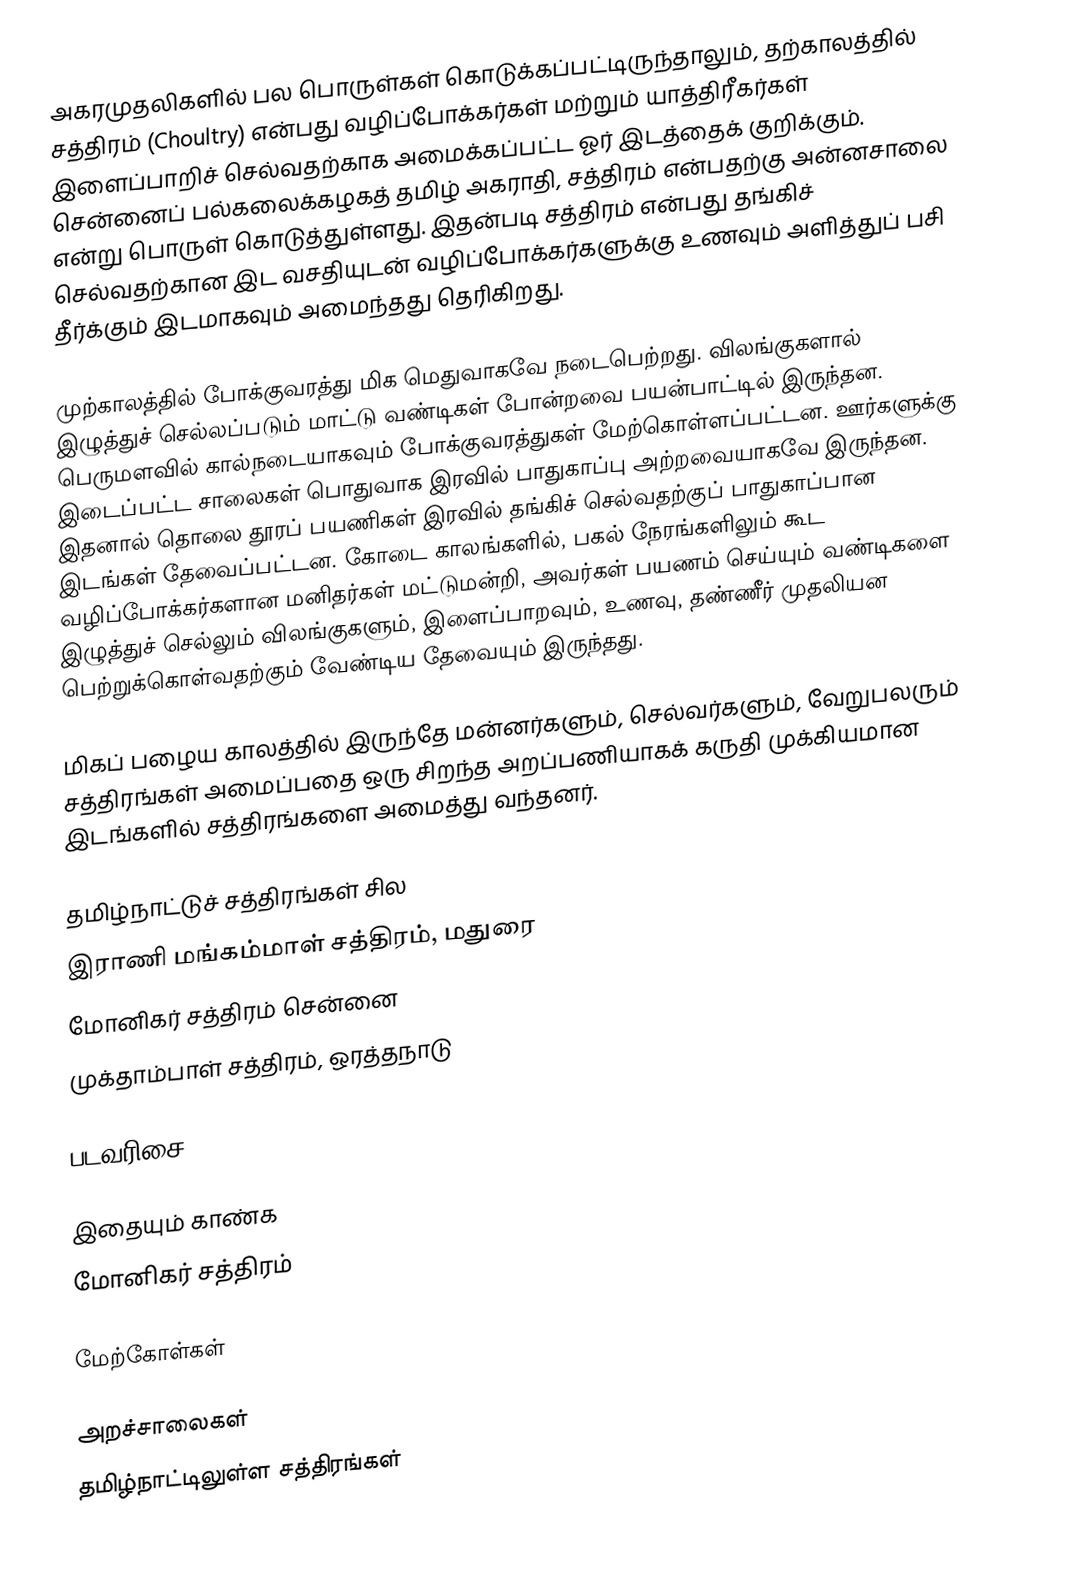
அகரமுதலிகளில் பல பொருள்கள் கொடுக்கப்பட்டிருந்தாலும், தற்காலத்தில் சத்திரம் (Choultry) என்பது வழிப்போக்கர்கள் மற்றும் யாத்திரீகர்கள் இளைப்பாறிச் செல்வதற்காக அமைக்கப்பட்ட ஓர் இடத்தைக் குறிக்கும். சென்னைப் பல்கலைக்கழகத் தமிழ் அகராதி, சத்திரம் என்பதற்கு அன்னசாலை என்று பொருள் கொடுத்துள்ளது. இதன்படி சத்திரம் என்பது தங்கிச் செல்வதற்கான இட வசதியுடன் வழிப்போக்கர்களுக்கு உணவும் அளித்துப் பசி தீர்க்கும் இடமாகவும் அமைந்தது தெரிகிறது.

முற்காலத்தில் போக்குவரத்து மிக மெதுவாகவே நடைபெற்றது. விலங்குகளால் இழுத்துச் செல்லப்படும் மாட்டு வண்டிகள் போன்றவை பயன்பாட்டில் இருந்தன. பெருமளவில் கால்நடையாகவும் போக்குவரத்துகள் மேற்கொள்ளப்பட்டன. ஊர்களுக்கு இடைப்பட்ட சாலைகள் பொதுவாக இரவில் பாதுகாப்பு அற்றவையாகவே இருந்தன. இதனால் தொலை தூரப் பயணிகள் இரவில் தங்கிச் செல்வதற்குப் பாதுகாப்பான இடங்கள் தேவைப்பட்டன. கோடை காலங்களில், பகல் நேரங்களிலும் கூட வழிப்போக்கர்களான மனிதர்கள் மட்டுமன்றி, அவர்கள் பயணம் செய்யும் வண்டிகளை இழுத்துச் செல்லும் விலங்குகளும், இளைப்பாறவும், உணவு, தண்ணீர் முதலியன பெற்றுக்கொள்வதற்கும் வேண்டிய தேவையும் இருந்தது.

மிகப் பழைய காலத்தில் இருந்தே மன்னர்களும், செல்வர்களும், வேறுபலரும் சத்திரங்கள் அமைப்பதை ஒரு சிறந்த அறப்பணியாகக் கருதி முக்கியமான இடங்களில் சத்திரங்களை அமைத்து வந்தனர்.

தமிழ்நாட்டுச் சத்திரங்கள் சில
  இராணி மங்கம்மாள் சத்திரம், மதுரை
  மோனிகர் சத்திரம் சென்னை
 முக்தாம்பாள் சத்திரம், ஒரத்தநாடு

படவரிசை

இதையும் காண்க
 மோனிகர் சத்திரம்

மேற்கோள்கள்

அறச்சாலைகள்
தமிழ்நாட்டிலுள்ள சத்திரங்கள்